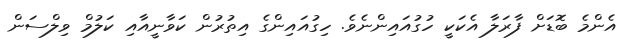
އެންމެ ބޮޑަށް ފާރަލާ އެކަކީ ހުގުއައިންނެވެ. ހިގުއައިންގެ އިތުރުން ކަވާނީއާއި ކަލުމް ވިލްސަން